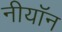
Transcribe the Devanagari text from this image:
नीयॉन